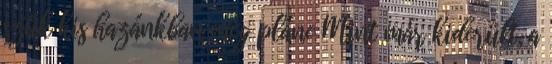
szűk kis hazánkban meg pláne Mint már kiderült, a